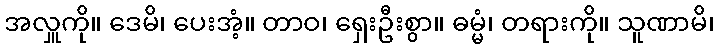
အလှူကို။ ဒေမိ၊ ပေးအံ့။ တာဝ၊ ရှေးဦးစွာ။ ဓမ္မံ၊ တရားကို။ သူဏာမိ၊